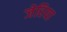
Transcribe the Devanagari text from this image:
जेरिया